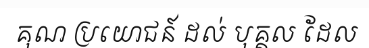
គុណ ប្រយោជន៍ ដល់ បុគ្គល ដែល